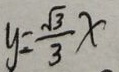
y = \frac { \sqrt { 3 } } { 3 } x